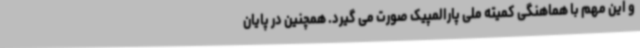
و این مهم با هماهنگی کمیته ملی پارالمپیک صورت می گیرد. همچنین در پایان